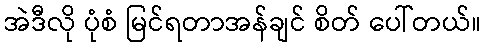
အဲဒီလို ပုံစံ မြင်ရတာအန်ချင် စိတ် ပေါ်တယ်။